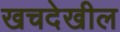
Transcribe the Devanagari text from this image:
खचदेखील